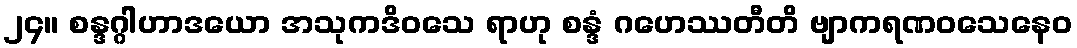
၂၄။ စန္ဒဂ္ဂါဟာဒယော အသုကဒိဝသေ ရာဟု စန္ဒံ ဂဟေဿတီတိ ဗျာကရဏဝသေနေဝ